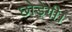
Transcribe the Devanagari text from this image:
छोड़ेगी।